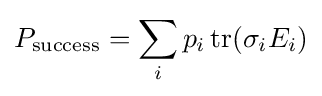
P_{\rm {success}}=\sum _{i}p_{i}\operatorname {tr} (\sigma _{i}E_{i})